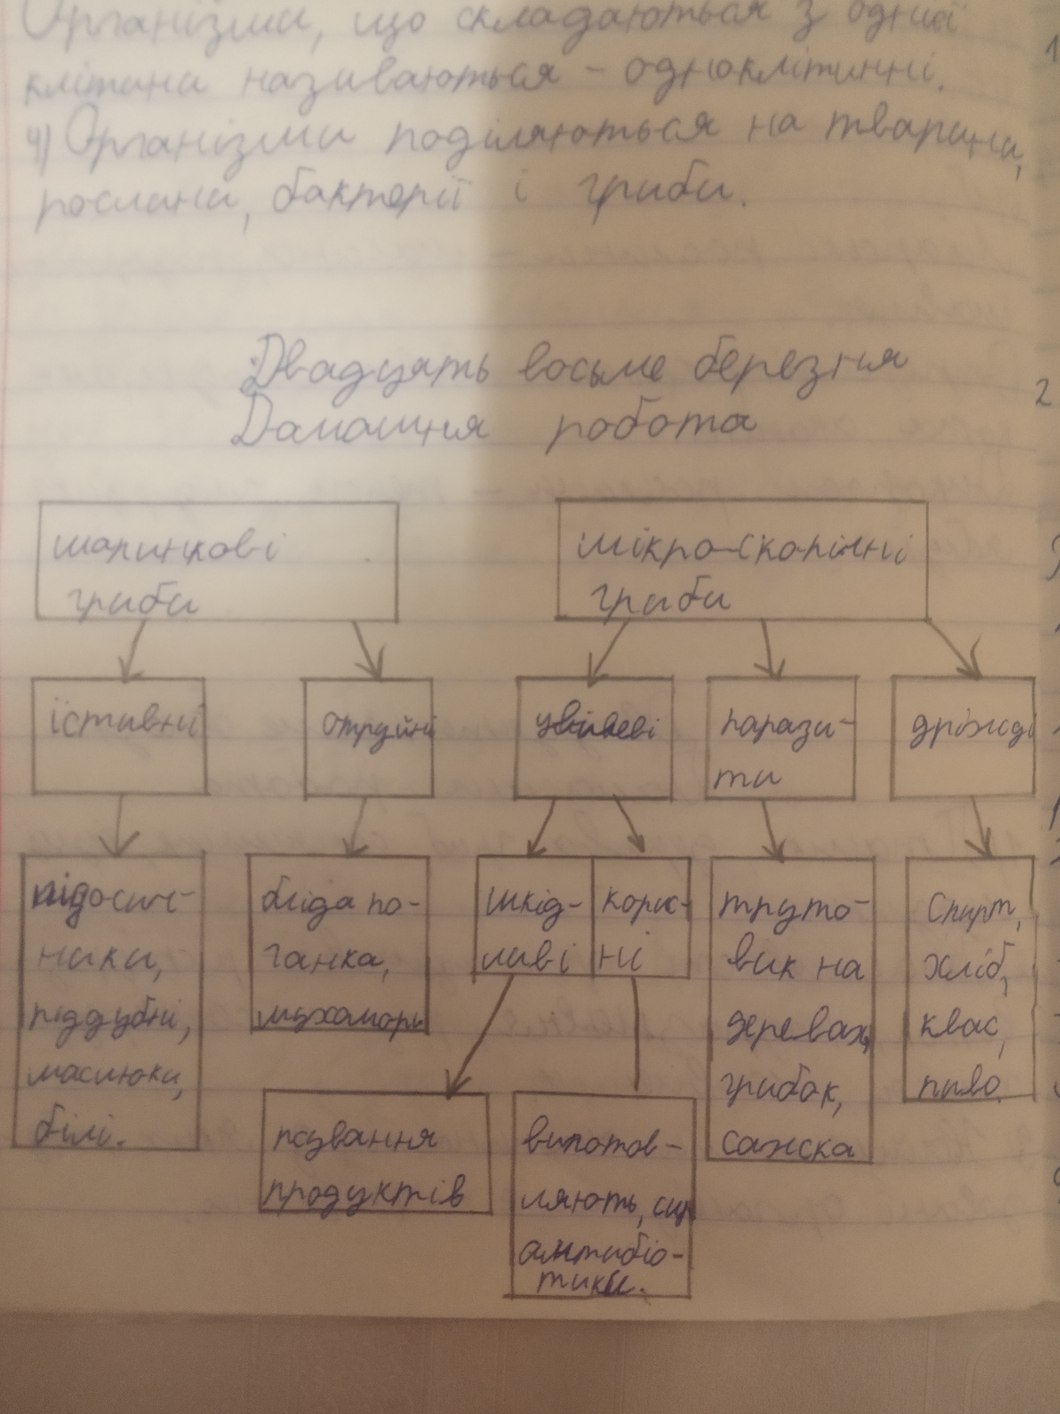
Організми, що складаються з однієї
клітини називаються - одноклітинні.
4) Організми поділяються на тварини,
рослини, бактерії і  гриби.
Двадцять восьме березня
2
Домашня робота
шаринкові
мікроскопічні
гриби
гриби
істівні
цвілеві
парази-
дріжді
отруйні
ти
підосич-
бліда по-
шкід-
спирт,
корис-
труто-
ники,
ні
ливі
ганка,
вик на
хліб,
піддубні,
мухомори
квас,
деревах,
маслюки,
грибок,
пиво
білі.
виготов-
псування
сажка
продуктів
ляють, сир
антибіо-
тики.